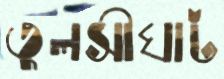
তুলসীঘাট